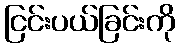
ငြင်းပယ်ခြင်းကို